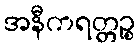
အနီကရတ္တဉ္စ